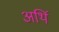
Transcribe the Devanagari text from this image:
अर्थि